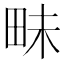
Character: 𮴾